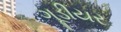
ગૂડીયર